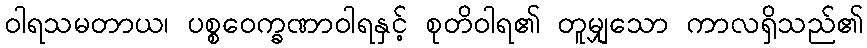
ဝါရသမတာယ၊ ပစ္စဝေက္ခဏာဝါရနှင့် စုတိဝါရ၏ တူမျှသော ကာလရှိသည်၏